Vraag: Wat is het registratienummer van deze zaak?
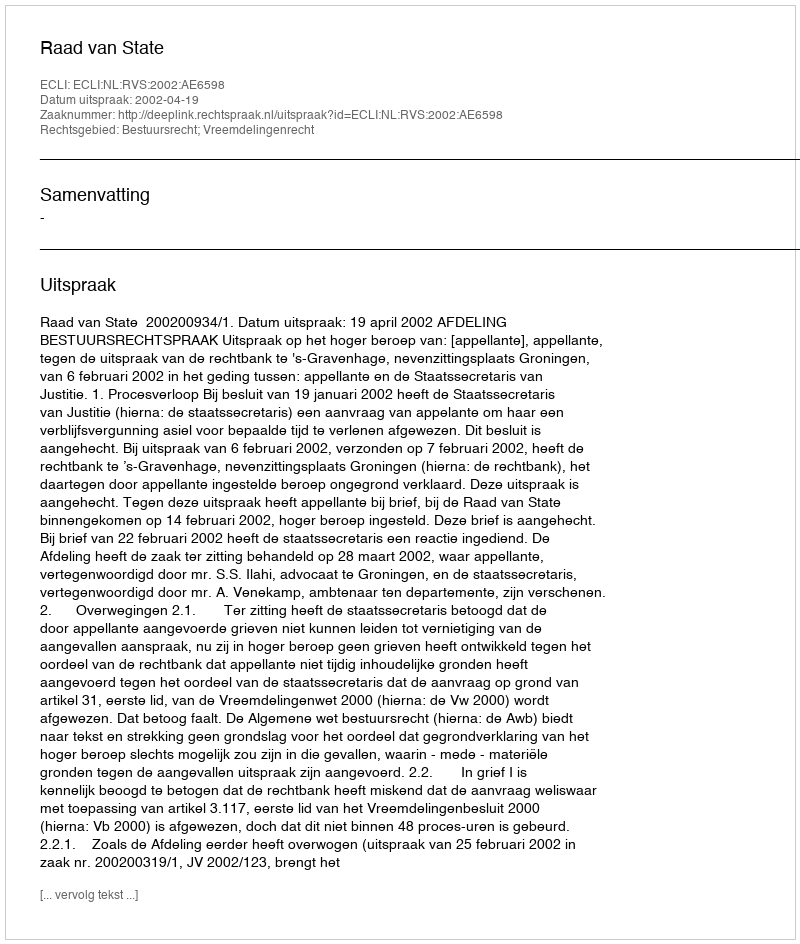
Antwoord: http://deeplink.rechtspraak.nl/uitspraak?id=ECLI:NL:RVS:2002:AE6598